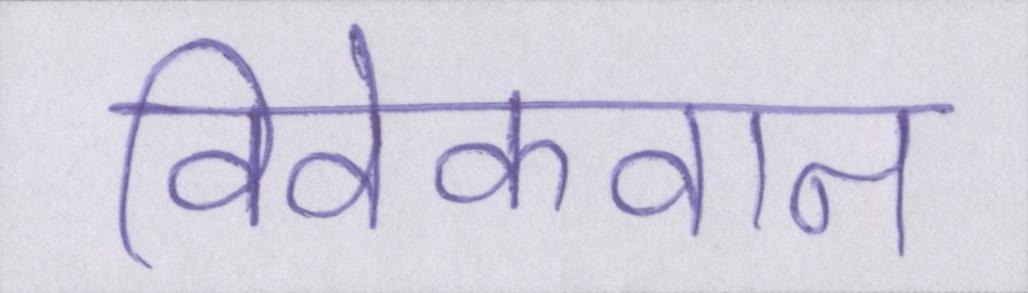
विवेकवान